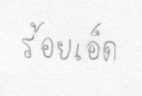
ร้อยเอ็ด